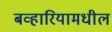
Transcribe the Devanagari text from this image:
बव्हारियामधील